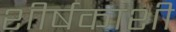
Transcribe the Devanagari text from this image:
शीर्षकाशी